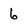
Character: 6